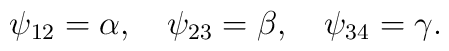
\psi_{12} = \alpha, \quad\psi_{23} = \beta, \quad\psi_{34} = \gamma .